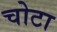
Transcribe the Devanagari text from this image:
चोटा